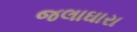
જલાઘારા